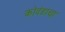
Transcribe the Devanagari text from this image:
कोदंडाचा